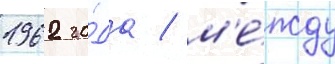
1962 го́да / м'е́жду